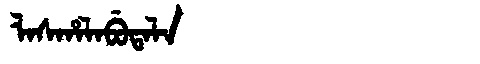
Manchu: ᠯᠠᠰᡥᠠᠯᠠᠪᡠᡨᠠᠯᠠ
Romanization: LASHALABUTALA